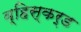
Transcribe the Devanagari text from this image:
व्हिस्कर्ड